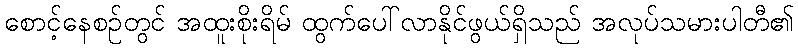
စောင့်နေစဉ်တွင် အထူးစိုးရိမ် ထွက်ပေါ်လာနိုင်ဖွယ်ရှိသည် အလုပ်သမားပါတီ၏